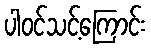
ပါဝင်သင့်ကြောင်း